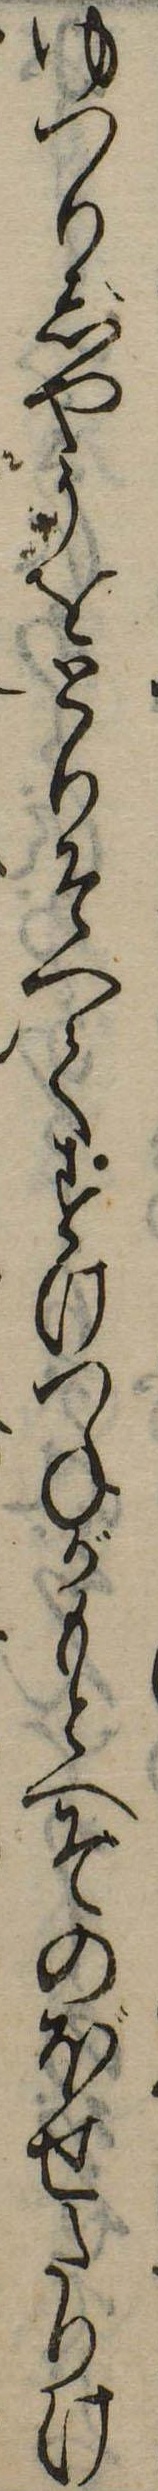
ゆつりじやうをとりそへてすけつねがもとへそのぼせたりけ